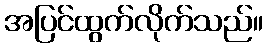
အပြင်ထွက်လိုက်သည်။